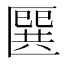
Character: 㔵